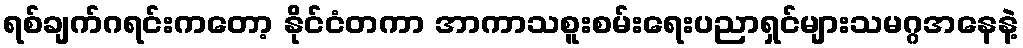
ရစ်ချက်ဂရင်းကတော့ နိုင်ငံတကာ အာကာသစူးစမ်းရေးပညာရှင်များသမဂ္ဂအနေနဲ့